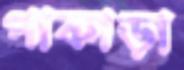
পাকাড়া